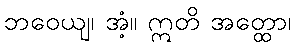
ဘဝေယျ၊ အံ့။ ဣတိ အတ္ထော၊